Civil Veterinary Department Bihar & Orissa reports 1922-29 - 1922-1929
Year: 1922
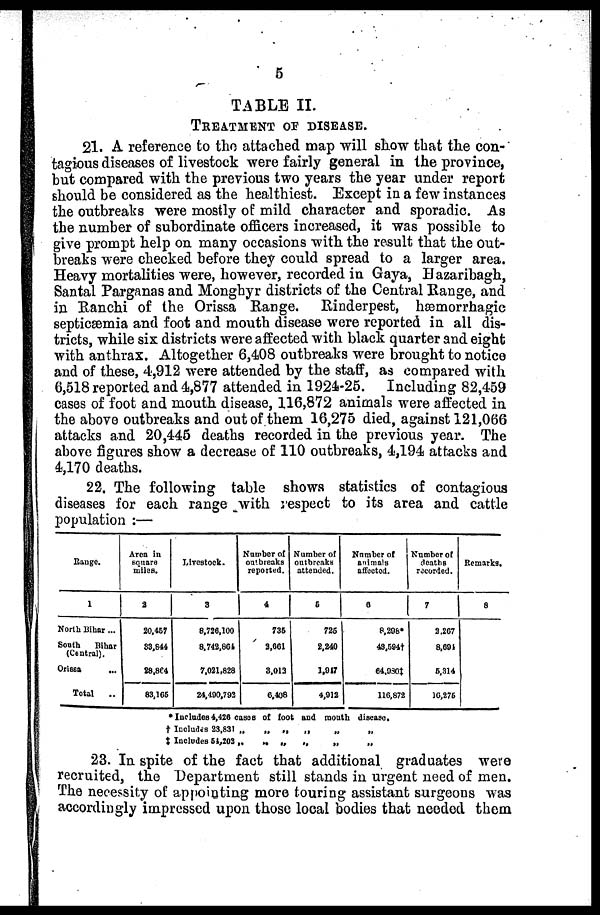
5
TABLE II.
TREATMENT OF DISEASE.
21. A reference to the attached map will show that the con-
tagious diseases of livestock were fairly general in the province,
but compared with the previous two years the year under report
should be considered as the healthiest. Except in a few instances
the outbreaks were mostly of mild character and sporadic. As
the number of subordinate officers increased, it was possible to
give prompt help on many occasions with the result that the out-
breaks were checked before they could spread to a larger area.
Heavy mortalities were, however, recorded in Gaya, Hazaribagh,
Santal Parganas and Monghyr districts of the Central Kange, and
in Ranehi of the Orissa Range. Rinderpest, hæmorrhagic
septicaemia and foot and mouth disease were reported in all dis-
tricts, while six districts were affected with black quarter and eight
with anthrax. Altogether 6,408 outbreaks were brought to notice
and of these, 4,912 were attended by the staff, as compared with
6,518 reported and 4,877 attended in 1924-25. Including 82,459
cases of foot and mouth disease, 116,872 animals were affected in
the above outbreaks and out of them 16,275 died, against 121,066
attacks and 20,445 deaths recorded in the previous year. The
above figures show a decrease of 110 outbreaks, 4,194 attacks and
4,170 deaths.
22. The following table shows statistics of contagious
diseases for each range with respect to its area and cattle
population :—
Range.
1
North Bihar ...
South
Bihar
(Central).
Orissa
Total
..
Area in
square
miles.
2
20,457
33,844
28,864
83,165
Livestock.
3
8,726,100
8.742,861
7,021,828
24,400,793
Number of
outbreaks
reported.
4
736
2,661
3,013
6,408
Number of
outbreaks
attended.
6
725
2,240
1,917
4,912
Number of
animals
affected.
6
8,298*
43,594†
64,930†
116,872
Number of
deaths
recorded.
7
2,267
8,691
5,314
16,275
Remarks.
8
* Includes 4,426 cases of foot and mouth disease,
† Includes 23,831 „
„ „
„
„
„
+ Includes 54,202 „
„ „
„
„ „
23. In spite of the fact that additional graduates were
recruited, the Department still stands in urgent need of men.
The necessity of appointing more touring assistant surgeons was
accordingly impressed upon those local bodies that needed them